Vaccination in Bombay 1874-1876 - 1874-1876
Year: 1874
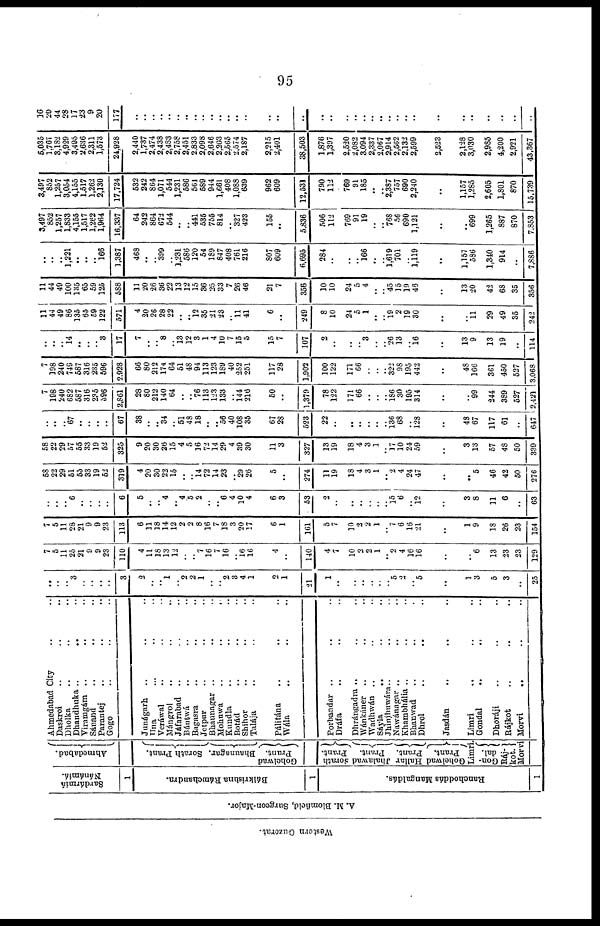
95
Western Guzerat.
A. M. Blomfield, Surgeon-Major.
Sardármiá
Nánámiá.
1
Bálkrishna Rámchandra.
1
Ranchoddás Mangaldás.
1
Ahmedabad.
Sorath Prant.
Bhaunagar.
Gobelwad
Prant.
Sorath
Prant.
Jhalawad
Prant.
Hallar
Prant.
Gohelwad
Prant.
Limri.
Gon-
dal.
Raj-
kot.
Morvi
Ahmedabad City .. ..
Daskroi .. .. ..
Dholka .. .. ..
Dhandhuka ..
.. ..
Viramgám .. .. ..
Sánand
..
.. ..
Parantej .. .. ..
Gogo .. .. ..
Junágarh .. .. ..
Una .. .. ..
Veráwal .. .. ..
Mángrol .. .. ..
Jáfarabad .. .. ..
Bántwá .. .. ..
Bagasra .. .. ..
Jetpur .. .. ..
Bhaunagar .. .. ..
Mohuwa .. .. ..
Kundla .. .. ..
Botád .. .. ..
Shihor .. .. ..
Talája .. .. ..
Pálitána .. .. ..
Wála .. .. ..
Porbandar .. .. ..
Dráfa .. .. ..
Dhrángadra .. .. ..
Wánkáner .. .. ..
Wadhwán .. .. ..
Sáyla .. .. ..
Jhinjhuwára.. .. ..
Nawánagar .. .. ..
Khambhália .. .. ..
Bhanwad .. .. ..
Dhrol .. .. ..
Jasdán .. .. ..
Limri .. .. ..
Gondal
.. .. ..
Dhoráji .. .. ..
Rájkot .. .. ..
Morvi
.. .. ..
..
..
.. 3
..
..
..
..
3
2
..
.. 1
.. 2
2
1
..
.. 2
3
4
1
2
1
21
1
..
..
..
..
..
.. 5
2
.. 5
..
1
3
5
3
..
25
7
5
11
25
21
9
9
23
110
4
11
18
13
12
..
.. 7
16
7
16
.. 16 16
4
..
140
4
7
10
2
2
1
.. 2
4
16
16
..
.. 6
13
23
23
129
7
5
11
28
21
9
9
23
113
6
11
18
14
12
2
2
8
16
7
18
3
20
17
6
1
161
5
7
10
2
2
1
.. 7
6
16
21
..
1
9
18
26
23
154
..
..
.. ..
..
..
..
..
6
5
..
.. 4
.. 4
5
2
..
.. 6
4
10
4
6
3
53
2
..
..
..
..
..
.. 15 6
.. 12
..
3
8
11
6
..
63
58
22
29
51
55
33
19
52
319
4
20
30
22
15
..
.. 14
72
14
23
.. 29
26
5
..
274
11
19
18
4
3
1
.. 2
4
24
47
..
.. 5
46
42
50
276
58
22
29
57
55
33
19
52
325
9
20
30
26
15
4
5
16
72
14
29
4
39
30
11
3
327
13
19
18
4
3
1
.. 17
10
24
59
..
3
13
57
48
50
339
..
..
.. 67
..
..
..
..
67
38
..
.. 34
.. 51
48
18
..
.. 56
40
108
35
67
28
523
22
..
..
..
..
..
.. 136
68
.. 128
..
48
67
117
61
..
647
7
198
240
682
587
316
235
596
2,861
28
80
212
140
64
..
.. 76
113
123
133
.. 144
216
50
..
1,379
78
122
171
66
..
..
.. 186
30
195
314
..
.. 99
244
389
527
2,421
7
198
240
749
587
316
235
596
2,928
66
80
212
174
64
51
48
94
113
123
189
40
252
251
117
28
1,902
100
122
171
66
..
..
.. 322
98
195
442
..
48
166
361
450
527
3,068
..
..
.. 14
..
..
.. 3
17
7
..
.. 8
.. 13
12
3
1
4
10
7
15
5
15
7
107
2
..
..
.. 3
..
.. 26
13
.. 16
..
13
9
13
19
..
114
11
44
49
86
135
65
59
122
571
4
20
26
28
22
.. .. 12
35
21
23
.. 11
41
6
..
249
8
10
24
5
1
..
.. 19
2
19
30
..
.. 11
29
49
35
242
11
44
49
100
135
65
59
125
588
11
20
26
36
22
13
12
15
36
25
33
7
26
46
21
7
356
10
10
24
5
4
..
.. 45
15
19
46
..
13
20
42
68
35
356
..
..
.. 1,221
..
..
.. 166
1,387
468
..
.. 399
.. 1,231
586
120
54
189
847
408
761
216
807
609
6,695
284
..
..
.. 166
..
.. 1,619
701
.. l,119
..
1,157
586
1,340
914
..
7,886
3,497
852
1,257
1,833
4,155
1,517
1,262
1,964
16,337
64
242
864
672
544
..
.. 441
535
755
814
.. 327
423
155
..
5,836
506
112
769
91
19
..
.. 768
56
690
1,121
..
.. 699
1,265
887
870
7,853
3,497
852
1,257
3,054
4,155
1,517
1,262
2,130
17,724
532
242
864
1,071
544
1,231
586
561
589
944
1,661
408
1,088
639
962
609
12,531
790
112
769
91
185
..
.. 2,387
757
690
2,240
..
1,157
1,285
2,605
1,801
870
15,739
5,035
l,767
3,182
4,929
3,495
2,636
2,311
1,573
24,928
2,440
1,737
2,474
2,438
2,483
2,758
2,451
2,833
2,098
2,646
2,203
2,565
2,574
2,187
2,215
2,401
38,503
1,876
1,397
2,520
2,082
3,094
2,337
2,067
2,914
2,562
2,132
2,599
2,523
2,128
3,030
2,985
4,200
2,921
43,367
16
20
44
28
17
23
9
20
177
..
..
.. ..
..
.. ..
..
..
..
..
..
..
..
..
..
..
..
..
..
..
..
.. ..
..
..
.. ..
..
..
..
..
..
..
..